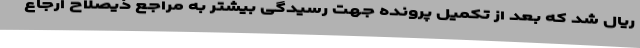
ریال شد که بعد از تکمیل پرونده جهت رسیدگی بیشتر به مراجع ذیصلاح ارجاع